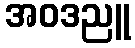
အဝဒညူ